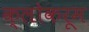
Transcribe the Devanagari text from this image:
क्लोकरूम